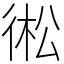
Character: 𢔋